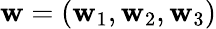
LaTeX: \mathbf{w}=(\mathbf{w}_{1},\mathbf{w}_{2},\mathbf{w}_{3})